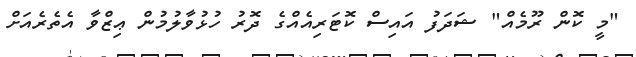
"މީ ކޮން ރޫމެއް" ޝަދަފު އައިސް ކޮޓަރިއެއްގެ ދޮރު ހުޅުވާލުމުން ޢިޒްވާ އެތެރެއަށް